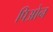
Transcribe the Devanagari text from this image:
पिओन